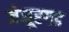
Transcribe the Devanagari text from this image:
जेजूरगड